Report on vaccination in Madras 1904-1921 - 1904-1921
Year: 1904
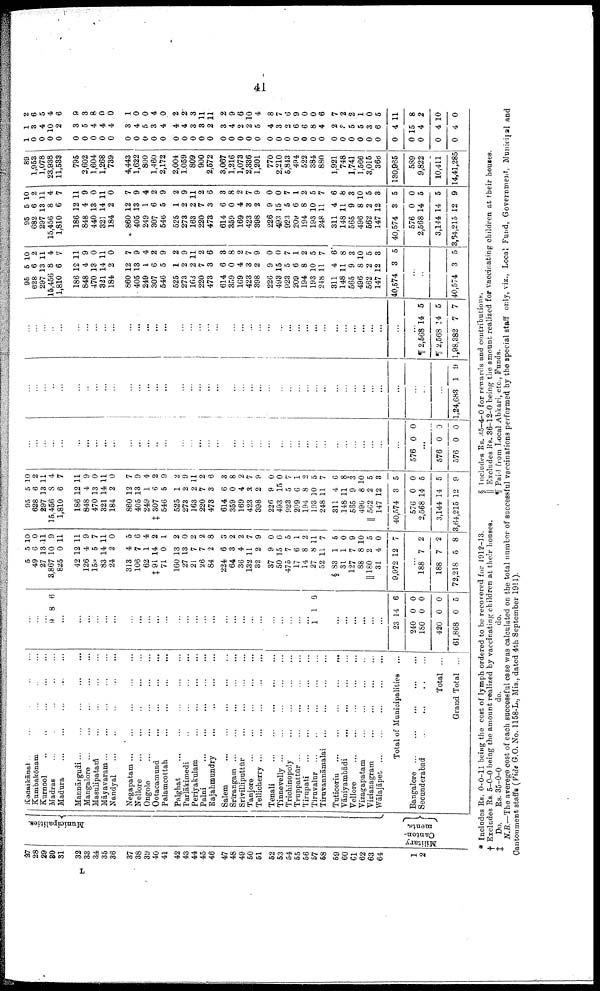
41
27
28
29
30
31
32
33
34
35
36
37
38
39
40
41
42
43
44
45
46
47
48
49
50
51
52
53
54
55
56
57
58
59
60
61
62
63
64
1
2
Municipalities.
Military
Canton
ments.
Kodaikānal ... ... ... ... ...
Kumbakōnam ... ... ... ...
Kurnool ... ... ... ... ...
Madras
...
...
...
...
...
Madura
...
...
...
...
...
Mannārgudi
...
...
...
...
...
Mangalore ... ... ... ... ...
Masulipatam
...
...
...
...
Māyavaram ... ... ... ... ...
Nandyal ... ... ... ... ...
Negapatam ... ... ... ... ...
Nellore
...
...
...
...
...
Ongole
...
...
...
...
...
Ootacamund
...
...
...
...
Palamcottah
...
...
...
...
Palghat
...
...
...
...
...
Parlakimedi
...
...
...
...
Periyakulam
...
...
...
...
Palni
...
...
...
...
...
Rajahmundry
...
...
...
...
Salem. ... ... ... ... ...
Srīrangam
...
...
...
...
...
Srīvilliputtūr
...
...
...
...
Tanjore
...
...
...
...
...
Tellicherry
...
...
...
...
...
Tenali
...
...
...
...
...
Tinnevelly
...
...
...
...
...
Trichinopoly
...
...
...
...
Truppattūr
...
...
...
...
...
Tirupati
...
...
...
...
...
Tiruvalur
...
...
...
...
...
Tiruvannāmalai
...
...
...
...
...
Tuticorin
...
...
...
...
...
Vāmyambādi
...
...
...
...
...
Vellore
...
...
...
...
...
Vizagapatam
...
...
...
...
Vizianagram
...
...
...
...
Wālajāpet
...
...
...
...
...
Total of Municipalities
Bangalore
...
...
...
...
...
Secunderabad
...
...
...
...
Total ...
Grand Total ...
...
...
...
9 8 6
...
...
...
...
...
...
...
...
...
...
...
...
...
...
...
...
...
...
...
...
...
...
...
...
...
...
1 1 6
...
...
...
...
...
...
...
23
240
180
420
61,868
14
0
0
0
0
6
0
0
0
5
5
49
27
3,867
825
42
126
159
83
24
313
106
62
‡91
71
160
27
21
26
84
224
64
36
132
32
37
50
475
17
14
27
52
§ 83
31
127
88
||180
31
9,972
5
6
13
10
0
12
4
5
14
2
4
7
1
14
0
13
13
7
7
2
6
3
4
11
2
9
15
7
6
8
8
11
1
1
7
8
2
4
12
10
0
11
9
11
11
9
7
11
0
5
6
4
2
1
2
0
2
2
8
3
2
2
7
9
0
0
5
1
2
11
7
5
0
9
10
5
0
7
...
188
188
72,218
7
7
5
2
2
8
95
628
297
15,456
1,810
186
848
470
321
184
860
405
249
‡ 307
546
525
273
163
220
473
614
359
169
423
398
226
493
923
209
194
193
248
311
148
565
490
|| 562
147
40,574
576
2,568
3,144
3,64,215
5
6
13
8
6
12
4
13
14
2
12
13
1
6
5
1
2
2
7
3
6
0
4
3
2
9
15
5
6
8
10
11
4
11
9
8
2
12
3
0
14
14
12
10
2
11
4
7
11
9
0
11
0
7
9
4
2
9
2
9
11
2
6
3
8
2
7
9
0
0
7
1
2
5
7
6
8
3
10
5
3
5
0
5
5
9
...
...
...
...
...
...
...
...
...
...
...
...
...
...
...
...
...
...
...
...
...
...
...
...
...
...
...
...
...
...
...
...
...
...
...
...
...
...
...
576 0 0
...
576
576
0
0
0
0
...
...
...
...
...
...
...
...
...
...
...
...
...
...
...
...
...
...
...
...
...
...
...
...
...
...
...
...
...
...
...
...
...
...
...
...
...
...
...
...
...
...
1,24,683 1 9
...
...
...
...
...
...
...
...
...
...
...
...
...
...
...
...
...
...
...
...
...
...
...
...
...
...
...
...
...
...
...
...
...
...
...
...
...
...
...
...
¶ 2,568
¶ 2,568
1,98,382
14
14
7
5
5
7
95
628
297
15,456
1,810
186
848
470
321
184
860
405
249
307
546
525
273
163
220
473
614
359
169
423
398
226
493
923
209
194
193
248
311
148
565
496
562
147
40,574
5
6
13
8
6
12
4
13
14
2
12
13
1
6
5
1
2
2
7
3
6
0
4
3
2
9
15
5
6
8
10
11
4
11
9
8
2
12
3
10
2
11
4
7
11
9
0
11
0
7
9
4
2
9
2
9
11
2
6
8
8
2
7
9
0
0
7
1
2
5
7
6
8
3
10
5
8
5
...
...
...
40,574 3 5
95
682
297
15,456
1,810
186
848
440
321
184
860
405
249
307
546
525
273
163
220
473
614
369
169
423
398
226
493
923
209
194
193
248
311
148
565
496
562
147
40,574
576
2,568
3,144
3,54,215
5
6
13
8
6
12
4
13
14
2
12
13
1
6
5
1
2
2
7
3
6
0
4
3
2
9
15
5
6
8
10
11
4
11
9
8
2
12
3
0
14
14
12
10
2
11
4
7
11
9
0
11
0
7
9
4
2
9
2
9
11
2
6
3
8
2
7
9
0
0
7
1
2
5
7
6
8
3
10
5
3
5
0
5
5
9
89
1,953
1,078
28,938
11,538
795
2,602
1,604
1,268
739
4,443
1,622
800
1,460
2,172
2,004
1,059
809
900
2,572
3,067
1,216
1,073
2,336
1,201
770
2,210
5,843
494
522
384
880
1,921
748
1,741
1,566
3,016
366
130,965
589
9,822
10,411
14,41,285
1
0
0
0
0
0
0
0
0
0
0
0
0
0
0
0
0
0
0
0
0
0
0
0
0
0
0
0
0
0
0
0
0
0
0
0
0
0
0
0
0
0
0
1
3
4
10
2
3
5
4
4
4
3
4
5
3
4
4
4
3
3
2
3
4
2
2
5
4
3
2
6
6
8
4
2
3
5
5
3
6
4
15
4
4
4
2
6
5
4
6
9
3
8
0
0
1
0
0
4
0
2
2
3
11
11
2
9
6
10
4
8
7
6
9
0
0
6
7
2
2
1
0
5
11
8
2
10
0
* Includes Rs. 0-0-11 being the cost of lymph ordered to be recovered for 1912-13.
† Excludes Rs. 5-0-0 being the amount realized by vaccinating children at their houses.
‡
Do.
Rs. 35-0-0
do.
do.
§ Includes Rs. 35-4-0 for rewards and contributions.
|| Excludes Rs. 36-12-0 being the amount realized for vaccinating children at their houses.
¶ Paid from Local Abkari, etc., Funds.
N.B.—The averege cost of each successful case was calculated on the total number of successful vaccinations performed by the special staff only, viz., Local Fund, Government, Municipal and
Cantonment staffs (Vide G.O. No. 1158-L., Mis., dated 4th September 1911).
L